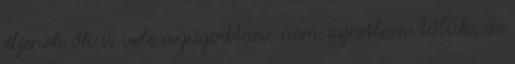
éljenek ők is vele nyugodtan, nem sajnálom tőlük, de